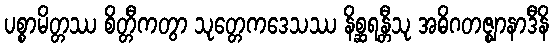
ပစ္စာမိတ္တဿ စိတ္တီကတွာ သုတ္တေကဒေသဿ နိစ္ဆရန္တီသု အဓိဂတဇ္ဈာနာဒီနိ